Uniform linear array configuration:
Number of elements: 48
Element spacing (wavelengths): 0.25
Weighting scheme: blackman
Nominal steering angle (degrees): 45
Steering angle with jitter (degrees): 45.328
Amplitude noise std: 0.05
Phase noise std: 0.05

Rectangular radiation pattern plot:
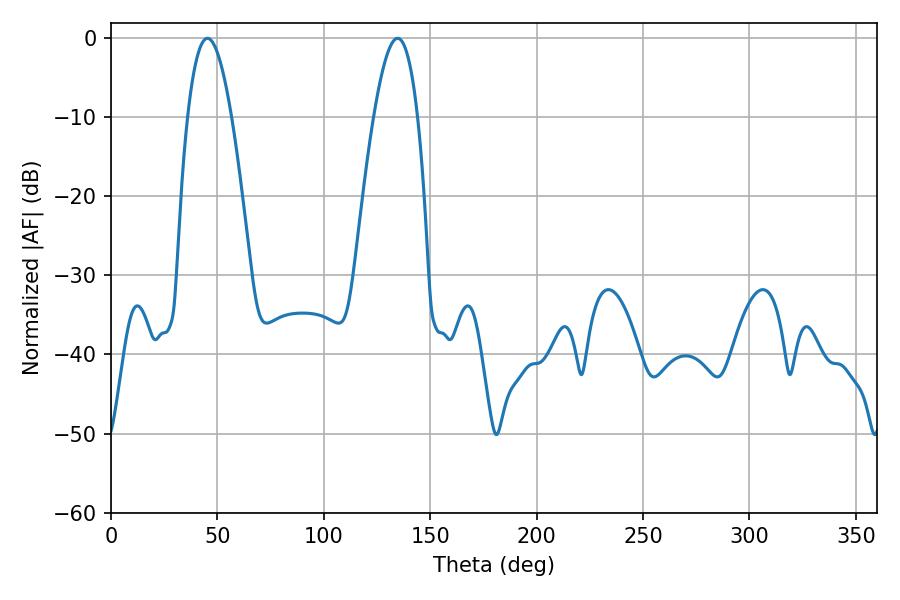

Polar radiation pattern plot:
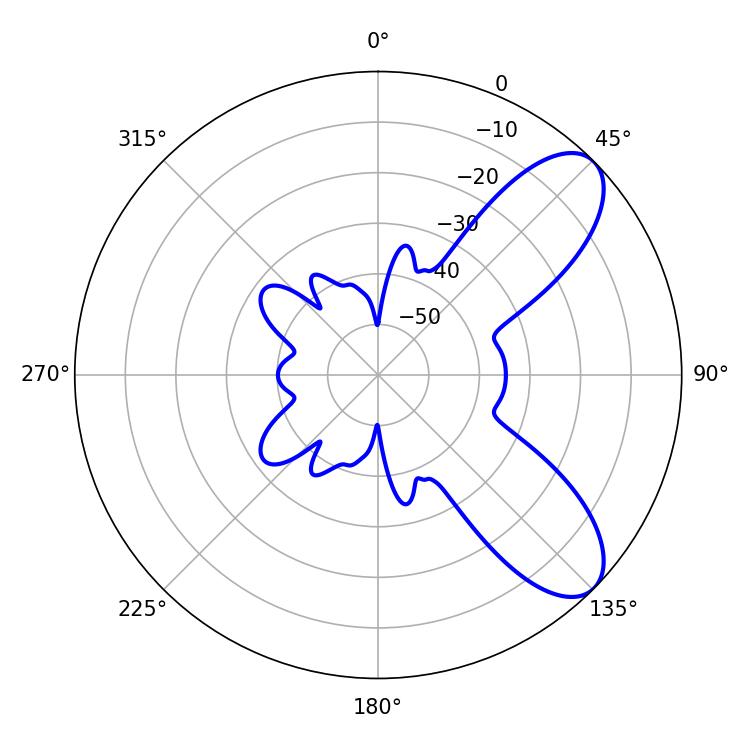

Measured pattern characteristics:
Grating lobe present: FALSE
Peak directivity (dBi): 8.183
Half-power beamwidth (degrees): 11.34
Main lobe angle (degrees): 45.36